Newspaper: The sea coast echo. [volume]
Place of publication: Bay Saint Louis, Miss.
Publisher: Charles G. Moreau
Date: 1895-05-11 00:00:00
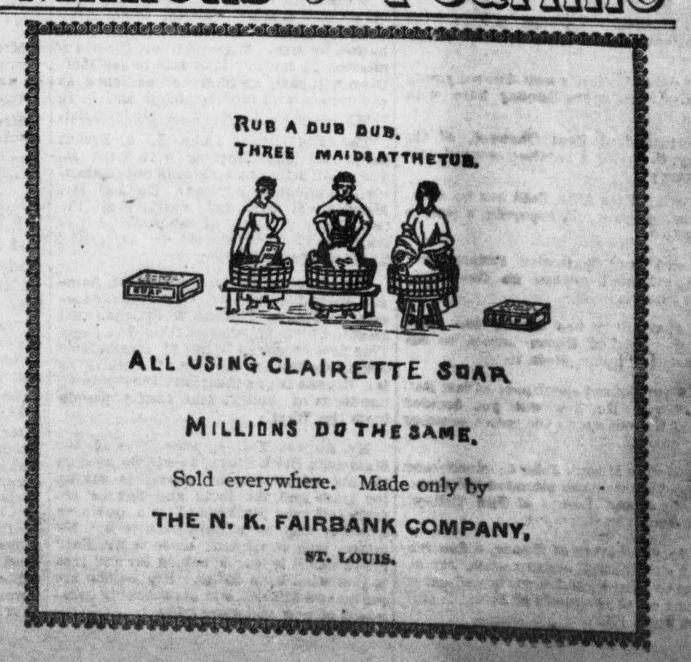
Advertisement text (OCR):
i | Rub a dub bub, I ™* B * MAIBBATTHKTOI, | All usinq CLAIRETTE Soar ; i Millions dothisami. Sold everywhere. Made only by THE N. K. FAIRBANK COMPANY, •T. loc is.
Label: illustrations